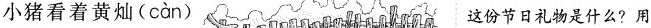
小猪看着黄灿( càn ) 这份节日礼物是什么？用